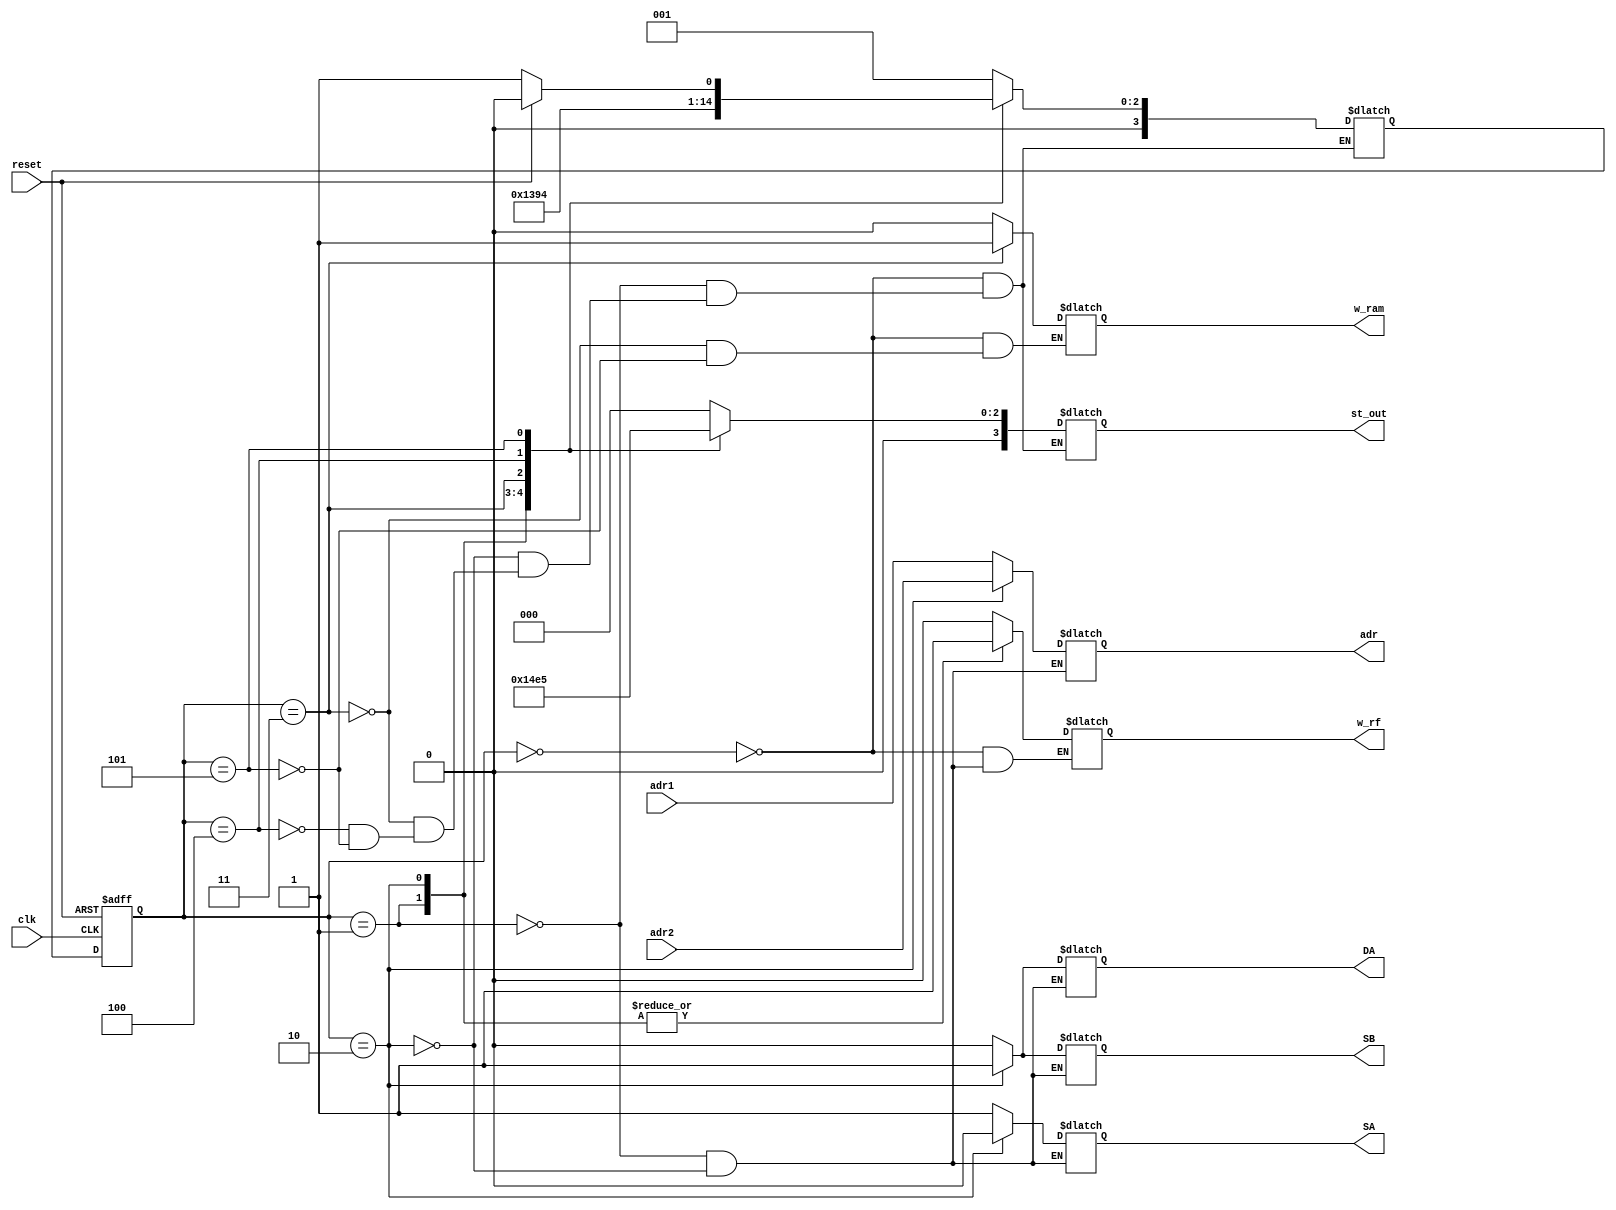
module cu ( 
    input clk, reset,
    input [2:0] adr1,
    input [2:0] adr2,
    output reg w_rf,
    output reg [2:0] adr,
    output reg DA,SA,SB,
    output reg [3:0] st_out,
    output reg  w_ram
);
  
    parameter S0_idle = 0 , S1_send_adr1 = 1 , S2_send_adr2 = 2 ,S3_multiply = 3 ,S4_write_ram = 4,S5_read_ram=5 ;
    reg [3:0] PS,NS ;
    
    
    always@(posedge clk or posedge reset)
        begin
            if(reset)
                PS <= S0_idle;   
            else    
                PS <= NS ;
        end  


    always@(*)
        begin 
            case(PS)
				S0_idle:begin
				    NS = S1_send_adr1;
                    w_rf =1'b0;
                    w_ram <= 3'b0;
            		st_out <= 4'b0; 
				end
				
				S1_send_adr1:begin	
				    w_rf <= 1'b1;
				    adr<= adr1;
				    DA <=1'b0;
				    SA <=1'b1;
				    SB <=1'b0;
				    st_out <= 4'b0001;
				    NS = S2_send_adr2;
				end
				
			    S2_send_adr2:begin
				    w_rf <= 1'b1;
				    adr<= adr2;
				    NS = S3_multiply;
				    DA <=1'b1;
				    SA <=1'b0;
				    SB <=1'b1;
          			st_out <= 4'b0010;
			   end
			
		       S3_multiply: begin
				    NS = S4_write_ram;	
                    st_out <= 4'b0011;
				    w_ram<= 1'b1;
			   end

               S4_write_ram: begin
                    st_out <= 4'b0100;
				    NS = S5_read_ram;	
			   end
				
		      S5_read_ram: begin
                    w_ram<= 1'b0;
                    st_out <= 4'b0101;
				    if(!reset) begin
				        NS = S1_send_adr1; 	
				    end
				    else begin
				        NS = S0_idle;
				    end
				end
			endcase
		end
	
endmodule